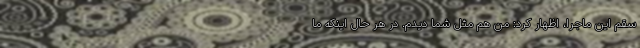
سقم این ماجرا، اظهار کرد: من هم مثل شما دیدم. در هر حال اینکه ما